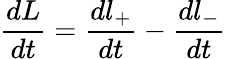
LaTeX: \frac{dL}{dt}=\frac{dl_{+}}{dt}-\frac{dl_{-}}{dt}